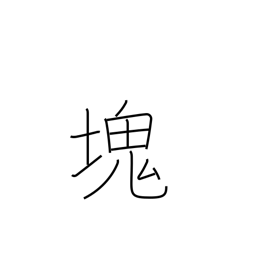
Meaning: clot